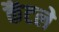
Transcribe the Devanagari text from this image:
कैंटले